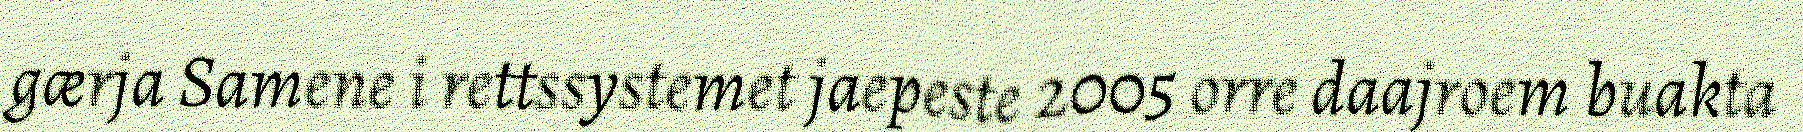
gærja Samene i rettssystemet jaepeste 2005 orre daajroem buakta